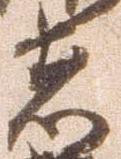
者